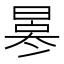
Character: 𠘀